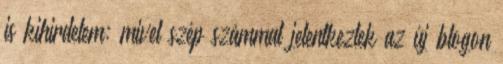
is kihirdetem: mivel szép számmal jelentkeztek az új blogon